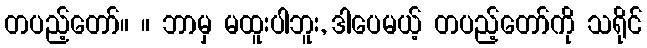
တပည့်တော်။ ။ ဘာမှ မထူးပါဘူး, ဒါပေမယ့် တပည့်တော်ကို သရိုင်